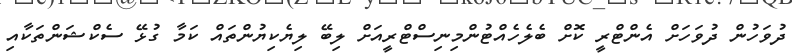
ދުވަހުން ދުވަހަށް އެންޓްރީ ކޮށް ބެލެހެއްޓުންމިނިސްޓްރީއަށް ލިބޭ ލިޔެކިޔުންތައް ކަމާ ގުޅޭ ސެކްޝަންތަކާއި